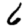
Digit: 6